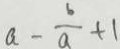
a - \frac { b } { a } + 1